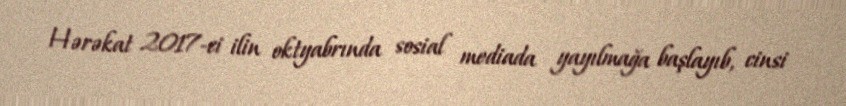
Hərəkat 2017-ci ilin oktyabrında sosial mediada yayılmağa başlayıb, cinsi